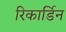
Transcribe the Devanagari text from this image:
रिकार्डिन